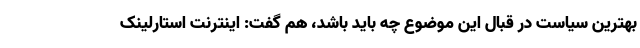
بهترین سیاست در قبال این موضوع چه باید باشد، هم گفت: اینترنت استارلینک